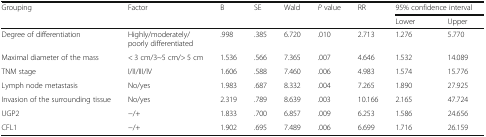
<table><thead><tr><td rowspan="2"><b>Grouping</b></td><td rowspan="2"><b>Factor</b></td><td rowspan="2"><b>B</b></td><td rowspan="2"><b>SE</b></td><td rowspan="2"><b>Wald</b></td><td rowspan="2"><b><i>P</i> value</b></td><td rowspan="2"><b>RR</b></td><td colspan="2"><b>95% confidence interval</b></td></tr><tr><td><b>Lower</b></td><td><b>Upper</b></td></tr></thead><tbody><tr><td>Degree of differentiation</td><td>Highly/moderately/poorly differentiated</td><td>.998</td><td>.385</td><td>6.720</td><td>.010</td><td>2.713</td><td>1.276</td><td>5.770</td></tr><tr><td>Maximal diameter of the mass</td><td>&lt; 3 cm/3~5 cm/&gt; 5 cm</td><td>1.536</td><td>.566</td><td>7.365</td><td>.007</td><td>4.646</td><td>1.532</td><td>14.089</td></tr><tr><td>TNM stage</td><td>I/II/III/IV</td><td>1.606</td><td>.588</td><td>7.460</td><td>.006</td><td>4.983</td><td>1.574</td><td>15.776</td></tr><tr><td>Lymph node metastasis</td><td>No/yes</td><td>1.983</td><td>.687</td><td>8.332</td><td>.004</td><td>7.265</td><td>1.890</td><td>27.925</td></tr><tr><td>Invasion of the surrounding tissue</td><td>No/yes</td><td>2.319</td><td>.789</td><td>8.639</td><td>.003</td><td>10.166</td><td>2.165</td><td>47.724</td></tr><tr><td>UGP2</td><td>−/+</td><td>1.833</td><td>.700</td><td>6.857</td><td>.009</td><td>6.253</td><td>1.586</td><td>24.656</td></tr><tr><td>CFL1</td><td>−/+</td><td>1.902</td><td>.695</td><td>7.489</td><td>.006</td><td>6.699</td><td>1.716</td><td>26.159</td></tr></tbody></table>